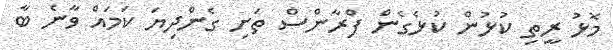
މޮޅު ރީތި ކުޅުން ކުޅެގެން ފްރާންސް ތަށި ގެންދިޔަ ކަމައް ވާނެ ބާ